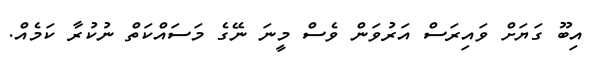
އިބޫ ގަޔަށް ވައިރަސް އަރުވަން ވެސް މީނަ ނޭގެ މަސައްކަތް ނުކުރާ ކަމެއް.